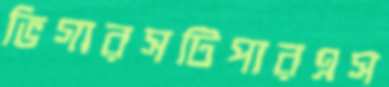
ভিগারসটিপারএস